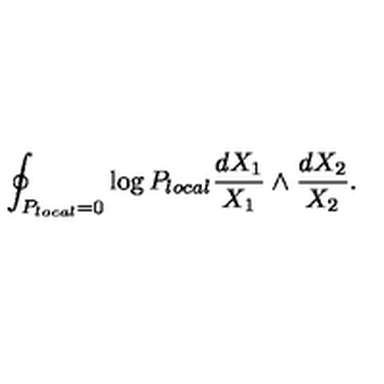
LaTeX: \oint _ { P _ { l o c a l } = 0 } \log P _ { l o c a l } \frac { d X _ { 1 } } { X _ { 1 } } \wedge \frac { d X _ { 2 } } { X _ { 2 } } .